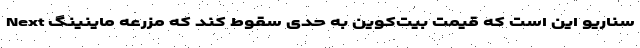
سناریو این است که قیمت بیت‌کوین به حدی سقوط کند که مزرعه ماینینگ Next